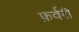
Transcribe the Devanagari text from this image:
फ़र्वरी